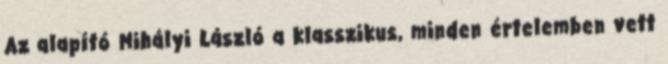
Az alapító Mihályi László a klasszikus, minden értelemben vett